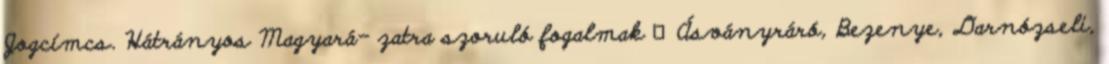
Jogcímcs. Hátrányos Magyará- zatra szoruló fogalmak ▪Ásványráró, Bezenye, Darnózseli,